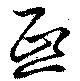
煕